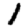
Digit: 1